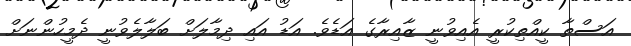
އަސްތާ ކީއްތިކުރީ އެއިވުނީ ޒާއިރާގެ އަޑެވެ. އަޑު އައި ދިމާލަށް ބަލާލެވުނީ ދެމީހުންނަށް